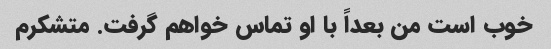
خوب است من بعداً با او تماس خواهم گرفت. متشکرم